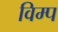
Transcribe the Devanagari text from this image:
विम्प